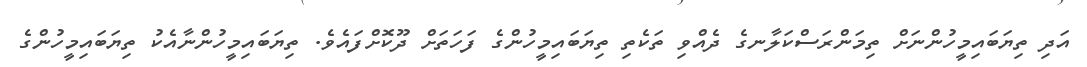
އަދި ތިޔަބައިމީހުންނަށް ތިމަންރަސްކަލާނގެ ދެއްވި ތަކެތި ތިޔަބައިމީހުންގެ ފަހަތަށް ދޫކޮށްފައެވެ. ތިޔަބައިމީހުންނާއެކު ތިޔަބައިމީހުންގެ